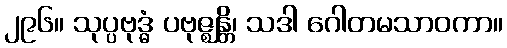
၂၉၆။ သုပ္ပဗုဒ္ဓံ ပဗုဇ္ဈန္တိ၊ သဒါ ဂေါတမသာဝကာ။